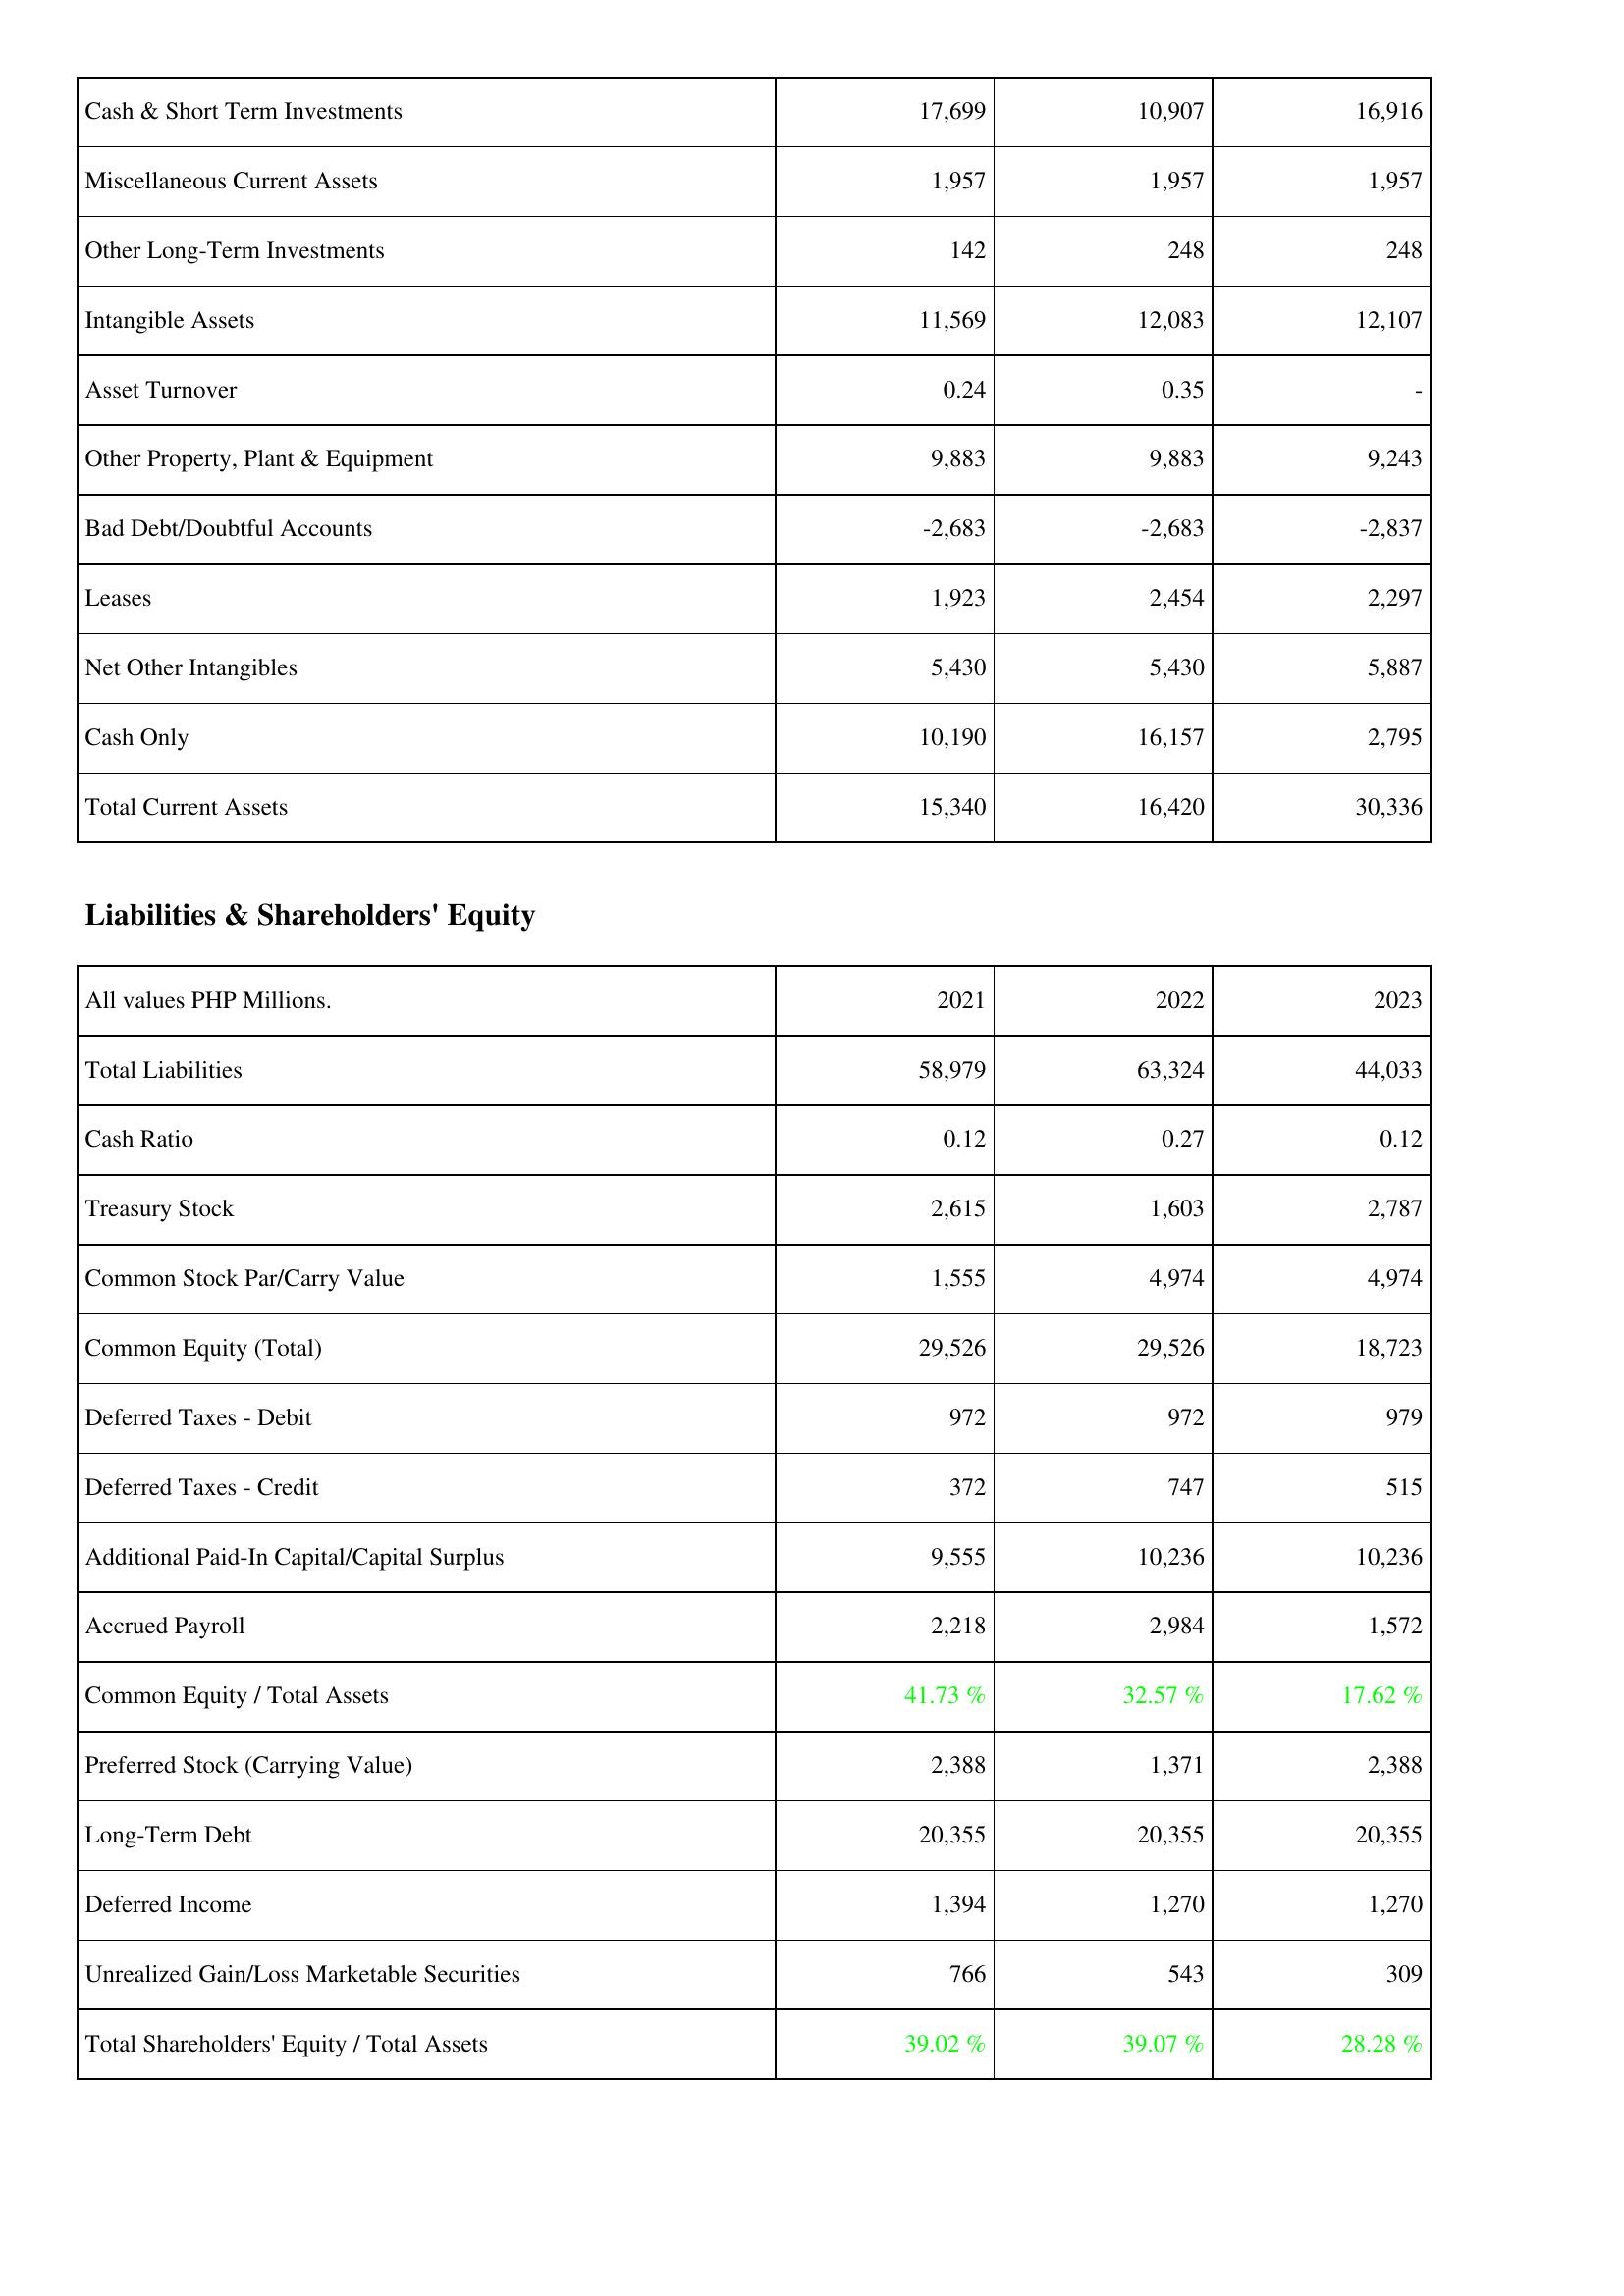
2021: Assets: Cash & Short Term Investments: 17,699
Miscellaneous Current Assets: 1,957
Other Long-Term Investments: 142
Intangible Assets: 11,569
Asset Turnover: 0.24
Other Property, Plant & Equipment: 9,883
Bad Debt/Doubtful Accounts: -2,683
Leases: 1,923
Net Other Intangibles: 5,430
Cash Only: 10,190
Total Current Assets: 15,340
Liabilities & Shareholders' Equity: Total Liabilities: 58,979
Cash Ratio: 0.12
Treasury Stock: 2,615
Common Stock Par/Carry Value: 1,555
Common Equity (Total): 29,526
Deferred Taxes - Debit: 972
Deferred Taxes - Credit: 372
Additional Paid-In Capital/Capital Surplus: 9,555
Accrued Payroll: 2,218
Common Equity / Total Assets: 41.73 %
Preferred Stock (Carrying Value): 2,388
Long-Term Debt: 20,355
Deferred Income: 1,394
Unrealized Gain/Loss Marketable Securities: 766
Total Shareholders' Equity / Total Assets: 39.02 %
2022: Assets: Cash & Short Term Investments: 10,907
Miscellaneous Current Assets: 1,957
Other Long-Term Investments: 248
Intangible Assets: 12,083
Asset Turnover: 0.35
Other Property, Plant & Equipment: 9,883
Bad Debt/Doubtful Accounts: -2,683
Leases: 2,454
Net Other Intangibles: 5,430
Cash Only: 16,157
Total Current Assets: 16,420
Liabilities & Shareholders' Equity: Total Liabilities: 63,324
Cash Ratio: 0.27
Treasury Stock: 1,603
Common Stock Par/Carry Value: 4,974
Common Equity (Total): 29,526
Deferred Taxes - Debit: 972
Deferred Taxes - Credit: 747
Additional Paid-In Capital/Capital Surplus: 10,236
Accrued Payroll: 2,984
Common Equity / Total Assets: 32.57 %
Preferred Stock (Carrying Value): 1,371
Long-Term Debt: 20,355
Deferred Income: 1,270
Unrealized Gain/Loss Marketable Securities: 543
Total Shareholders' Equity / Total Assets: 39.07 %
2023: Assets: Cash & Short Term Investments: 16,916
Miscellaneous Current Assets: 1,957
Other Long-Term Investments: 248
Intangible Assets: 12,107
Asset Turnover: -
Other Property, Plant & Equipment: 9,243
Bad Debt/Doubtful Accounts: -2,837
Leases: 2,297
Net Other Intangibles: 5,887
Cash Only: 2,795
Total Current Assets: 30,336
Liabilities & Shareholders' Equity: Total Liabilities: 44,033
Cash Ratio: 0.12
Treasury Stock: 2,787
Common Stock Par/Carry Value: 4,974
Common Equity (Total): 18,723
Deferred Taxes - Debit: 979
Deferred Taxes - Credit: 515
Additional Paid-In Capital/Capital Surplus: 10,236
Accrued Payroll: 1,572
Common Equity / Total Assets: 17.62 %
Preferred Stock (Carrying Value): 2,388
Long-Term Debt: 20,355
Deferred Income: 1,270
Unrealized Gain/Loss Marketable Securities: 309
Total Shareholders' Equity / Total Assets: 28.28 %